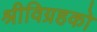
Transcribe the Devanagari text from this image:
श्रीविग्रहको